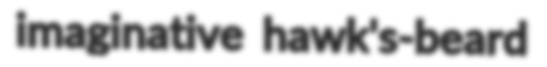
imaginative hawk's-beard